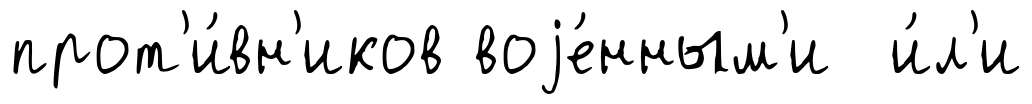
прот'и́вн'иков воjе́нным'и и́л'и